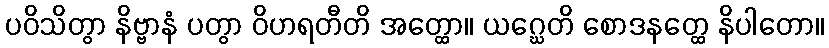
ပဝိသိတွာ နိဗ္ဗာနံ ပတွာ ဝိဟရတီတိ အတ္ထော။ ယဂ္ဃေတိ စောဒနတ္ထေ နိပါတော။